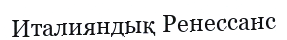
Италияндық Ренессанс